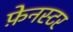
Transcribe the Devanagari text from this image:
फ़ेनस्टर